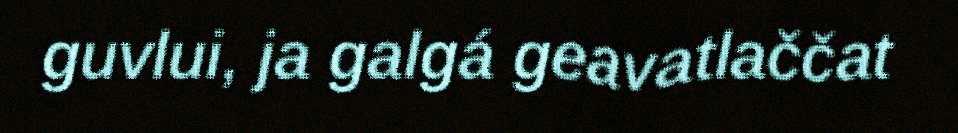
guvlui, ja galgá geavatlaččat